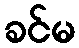
ခင်မ